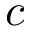
c